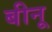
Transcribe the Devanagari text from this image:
बीनू